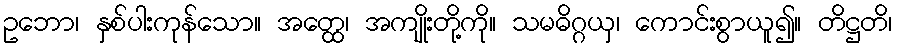
ဥဘော၊ နှစ်ပါးကုန်သော။ အတ္ထေ၊ အကျိုးတို့ကို။ သမဓိဂ္ဂယှ၊ ကောင်းစွာယူ၍။ တိဋ္ဌတိ၊